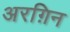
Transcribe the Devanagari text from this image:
अरग़िन